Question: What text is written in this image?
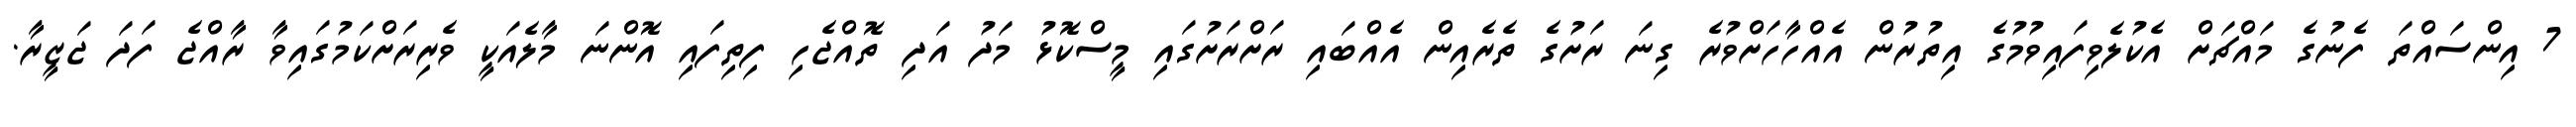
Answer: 7 އިންސައްތަ ފެނުގެ މައްޗަށް އެކުލެވިފައިވުމުގެ އިތުރުން އެއްހާހަށްވުރެ ގިނަ ރަށުގެ ތެރެއިން އެއްބައި ރަށްރަށުގައި މީސްކޮޅު މަދު އަދި ތޮއްޖެހި ފިތިފައި އޮންނަ މާލެއަކީ ވެރިރަށްކަމުގައިވާ ރާއްޖެ ފަދަ ޖަޒީރާ.